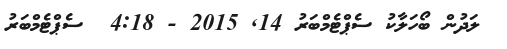
ލަދުން ބޯހަލާކު ސެޕްޓެމްބަރު 14